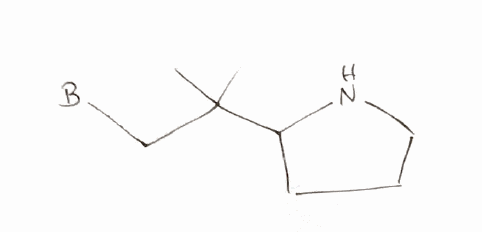
Simplified molecular-input line-entry system (SMILES) notation of the given molecule:
[B]CC(C)(C)C1CCCN1